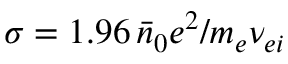
\sigma = 1 . 9 6 \, \bar { n } _ { 0 } e ^ { 2 } / m _ { e } \nu _ { e i }